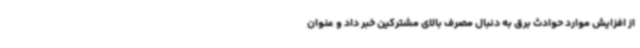
از افزایش موارد حوادث برق به دنبال مصرف بالای مشترکین خبر داد و عنوان